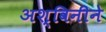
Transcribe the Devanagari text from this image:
अश्विनीने